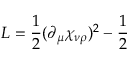
{ \cal L } = \frac { 1 } { 2 } ( \partial _ { \mu } \chi _ { \nu \rho } ) ^ { 2 } - \frac { 1 } { 2 }